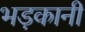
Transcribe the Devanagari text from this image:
भड़कानी